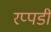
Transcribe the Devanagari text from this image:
रप्पडी